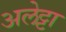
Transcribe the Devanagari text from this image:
अलेट्टा